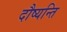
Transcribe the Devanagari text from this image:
दौष्यन्ति